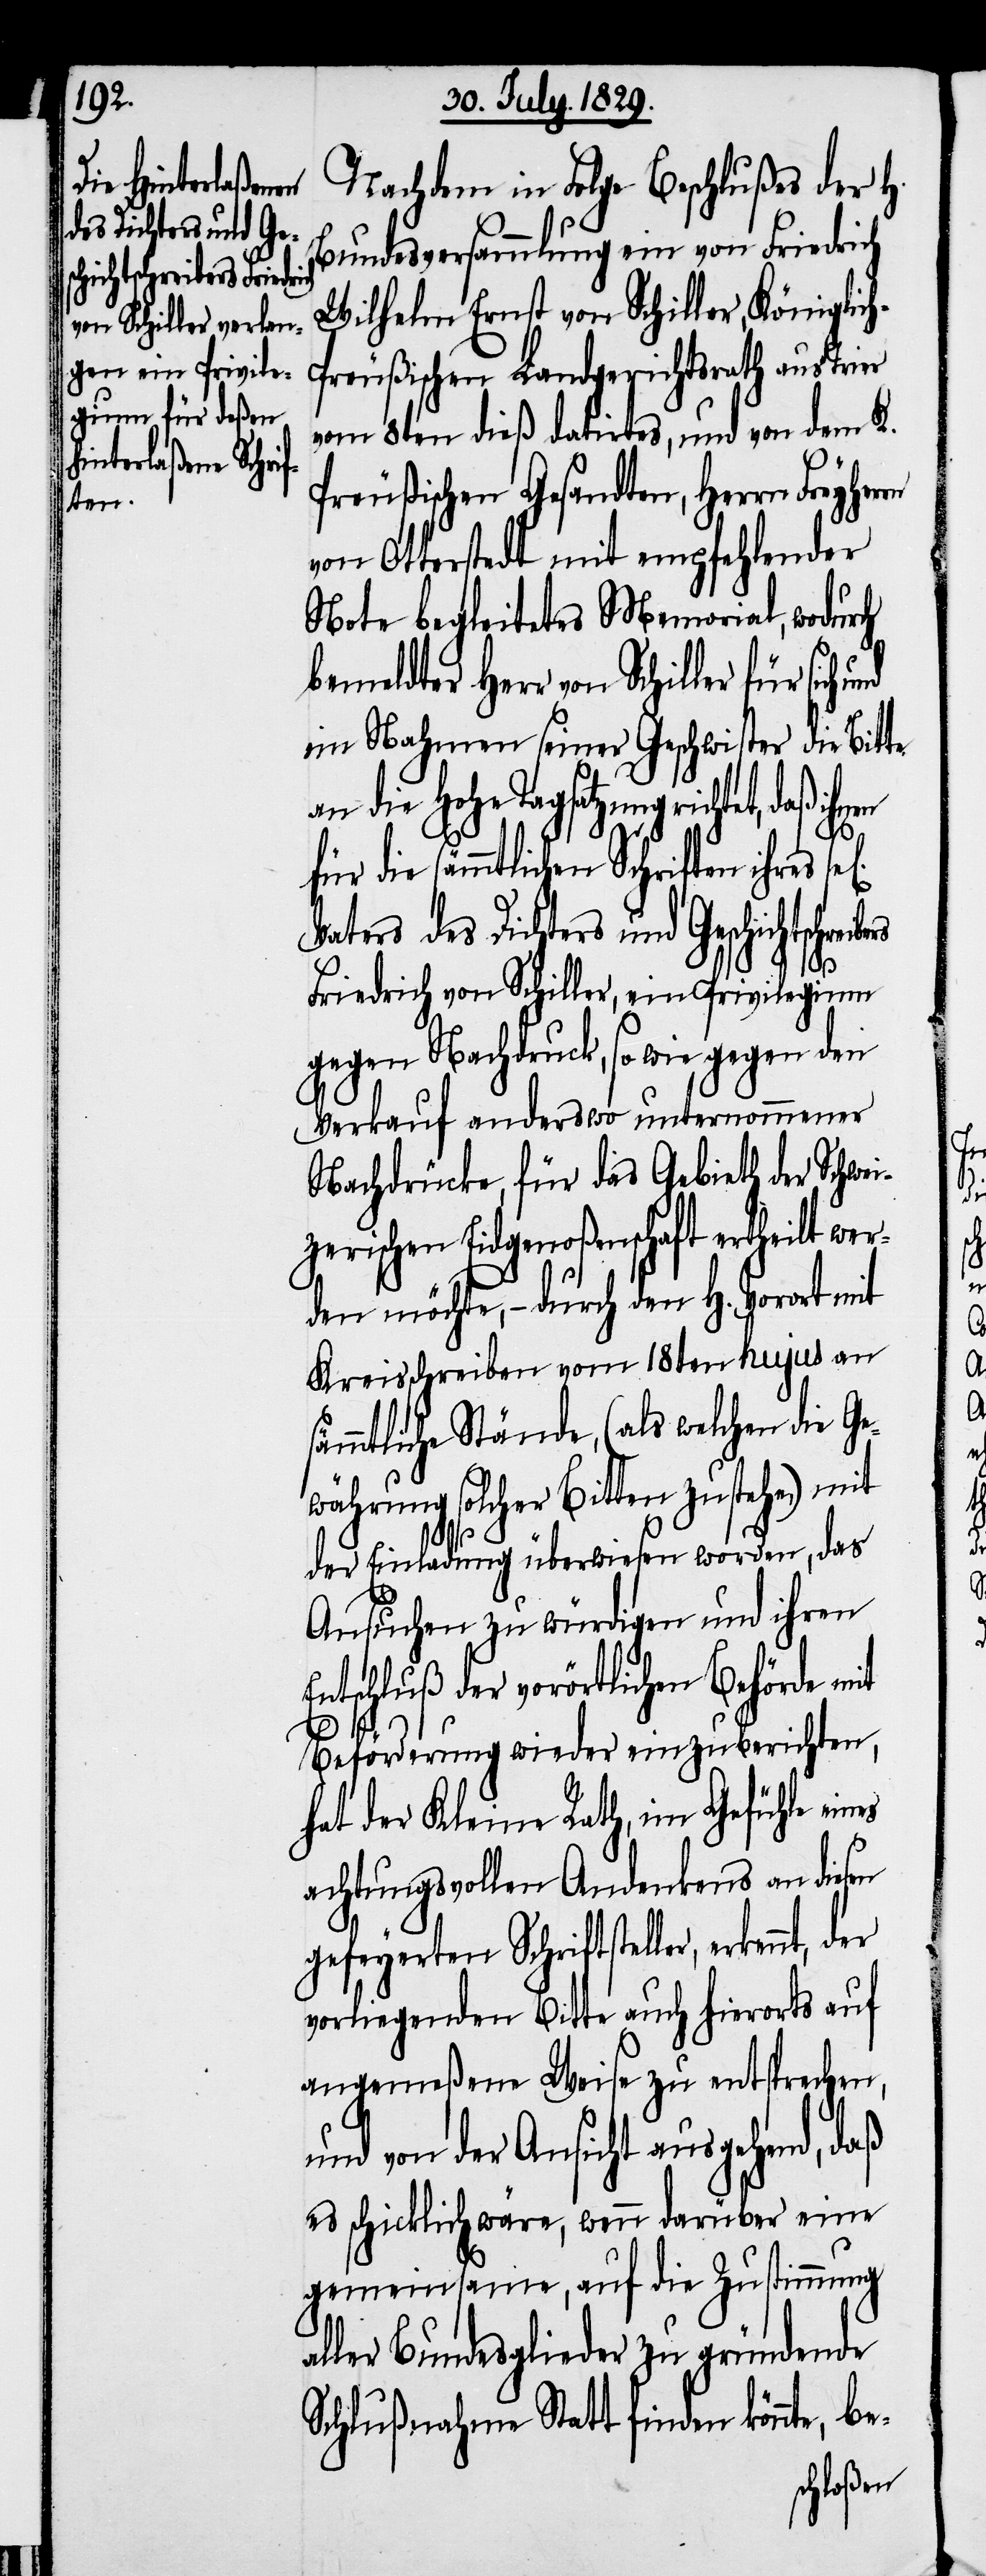
des Dichters und Ges¬
chichtschreibers

Nachdem in Folge Beschlußes der H.
Bundesversammlung ein von Friedrich
bemeldter Herr von Schiller für sich
h-Preußischen Landgerichtsrath aus Trier
vom 8ten dieß datirtes, und von dem K.
Preußischen Gesandten, Herrn Freyher¬
von Otterstedt mit empfehlender
Note begleitetes Memorial, wodurch
im Nahmen seiner Geschwister die Bitte
n ihres sel[igen] Vaters
für die sämmtlichen Schrifte¬
es
Friedrich von Schiller, ein Privilegium
gegen Nachdruck, so wie gegen den
Verkauf anderswo unternommener
Nachdrücke, für das Gebieth der Schwei¬
zerischen Eidgenoßenschaft ertheilt wer¬
den möchte, – durch den H. Vorort mit
Kreisschreiben vom 18ten hujus an
sämmtliche Stände, (als welchen die Ge¬
währung solcher Bitten zustehe,) mit
der Einladung überweisen worden, das
Ansuchen zu würdigen und ihren
tschluß der vorörtlichen Behörde
Beförderung wieder einzuberichten,
hat der Kleine Rath, im Gefühle ein¬
achtungsvollen Andenkens an diesen
gefeyerten Schriftsteller, erkennt,
vorliegenden Bitte auch hierorts auf
angemeßene Weise zu entsprechen,
und von der Ansicht ausgehend, daß
es schicklich wäre, wenn darüber eine
gemeinsame, auf die Zustimmung
aller Bundesglieder zu gründenden
Schlußnahme Statt finden könnte,